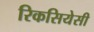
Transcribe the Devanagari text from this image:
रिकसियेसी